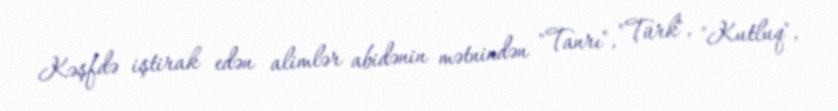
Kəşfdə iştirak edən alimlər abidənin mətnindən "Tanrı", "Türk", "Kutluq",